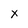
Character: x